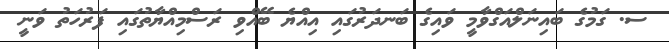
ސ. ގަމުގެ ބައިނަލްއަގްވާމީ ވައިގެ ބަނދަރުގައި އިއްޔެ ބޭއްވި ރަސްމިއްޔާތުގައި ފަރުހަތު ވަނީ